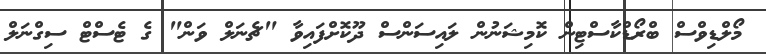
މޯލްޑިވްސް ބްރޯޑްކާސްޓިން ކޮމިޝަނުން ލައިސަންސް ދޫކޮށްފައިވާ "ޗެނަލް ވަން" ގެ ޓެސްޓް ސިގްނަލް